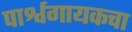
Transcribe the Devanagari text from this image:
पार्श्वगायकचा